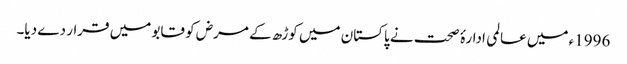
1996ء میں عالمی ادارۂ صحت نے پاکستان میں کوڑھ کے مرض کو قابو میں قرار دے دیا۔